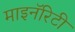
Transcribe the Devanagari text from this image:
माइनॅरिटी